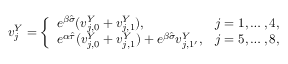
\begin{array} { r } { v _ { j } ^ { Y } = \left\{ \begin{array} { l l } { e ^ { \beta \hat { \sigma } } ( v _ { j , 0 } ^ { Y } + v _ { j , 1 } ^ { Y } ) , } & { j = 1 , \dots , 4 , } \\ { e ^ { \alpha \hat { \tau } } ( v _ { j , 0 } ^ { Y } + v _ { j , 1 } ^ { Y } ) + e ^ { \beta \hat { \sigma } } v _ { j , 1 ^ { \prime } } ^ { Y } , } & { j = 5 , \dots , 8 , } \end{array} \right. } \end{array}